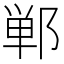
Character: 郸